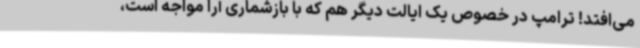
می‌افتد! ترامپ در خصوص یک ایالت دیگر هم که با بازشماری آرا مواجه است،